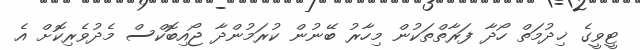
ޓީވީގެ ޚިދުމަތް ހޯދާ ފަރާތްތަކުން މިހާރު ބޭނުން ކުރަމުންދާ ޖޯއިބޮކްސް މެދުވެރިކޮށް އެ